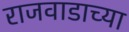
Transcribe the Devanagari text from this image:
राजवाडाच्या